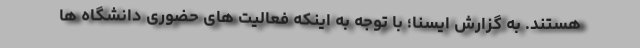
هستند. به گزارش ایسنا؛ با توجه به اینکه فعالیت های حضوری دانشگاه ها